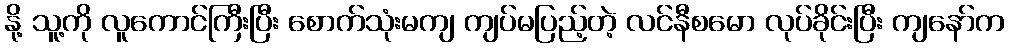
နို့ သူ့ကို လူကောင်ကြီးပြီး စောက်သုံးမကျ ကျပ်မပြည့်တဲ့ လင်နီစမော လုပ်ခိုင်းပြီး ကျနော်က